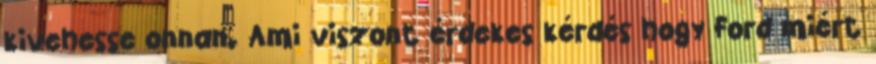
kivehesse onnan. Ami viszont érdekes kérdés hogy Ford miért